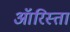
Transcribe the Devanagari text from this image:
ऑरिस्ता